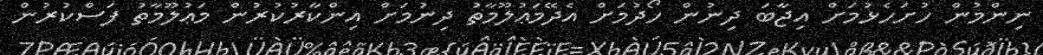
ނިންމުން ހުށަހެޅުމަށް އިޖާބަ ދިނުން ހޯދުމަށް އެދޭމަޢުލޫމާތު ދިނުމަށް އިންކާރުކުރުން މަޢުލޫމާތު ފަސްކުރުން